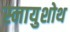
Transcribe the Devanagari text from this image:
स्नायुशोथ